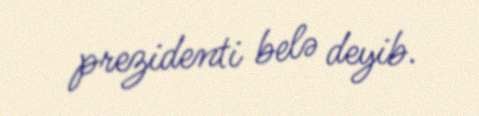
prezidenti belə deyib.